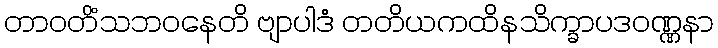
တာဝတိံသဘဝနေတိ ဗျာပါဒံ တတိယကထိနသိက္ခာပဒဝဏ္ဏနာ